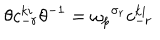
LaTeX: \theta c _ { - r } ^ { k i } \theta ^ { - 1 } = { \omega _ { p } } ^ { \sigma _ { r } } c _ { - r } ^ { k i }